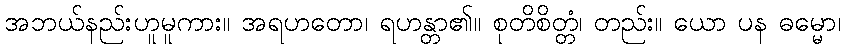
အဘယ်နည်းဟူမူကား။ အရဟတော၊ ရဟန္တာ၏။ စုတိစိတ္တံ၊ တည်း။ ယော ပန ဓမ္မော၊